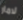
لامار